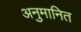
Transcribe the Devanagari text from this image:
अनुमानित